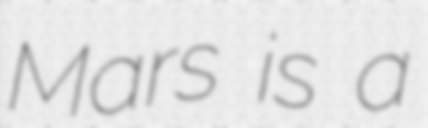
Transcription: Mars is a